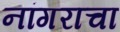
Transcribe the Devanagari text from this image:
नांगराचा